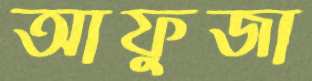
আফুজা